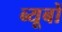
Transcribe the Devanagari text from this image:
ब्यूबों